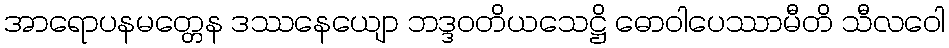
အာရောပနမတ္တေန ဒဿနေယျော ဘဒ္ဒဝတိယသေဋ္ဌိ ဓောဝါပေဿာမီတိ သီလဝေါ